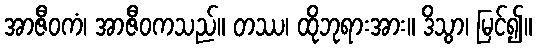
အာဇီဝကံ၊ အာဇီဝကသည်။ တဿ၊ ထိုဘုရားအား။ ဒိသွာ၊ မြင်၍။